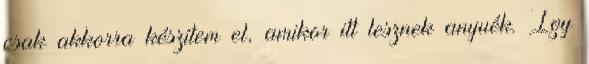
csak akkorra készítem el, amikor itt lesznek anyuék. Így